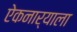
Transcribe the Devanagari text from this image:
एेकनार्याला